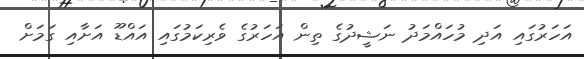
އަހަރުގައި އަދި މުހައްމަދު ނަޝީދުގެ ތިން އަހަރުގެ ވެރިކަމުގައި އައްޑޫ އަށާއި ގަމަށް